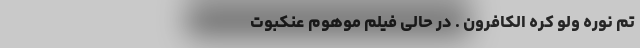
ُتِمُّ نُورِهِ وَلَوْ کَرِهَ الْکَافِرُونَ . در حالی فیلم موهوم عنکبوت